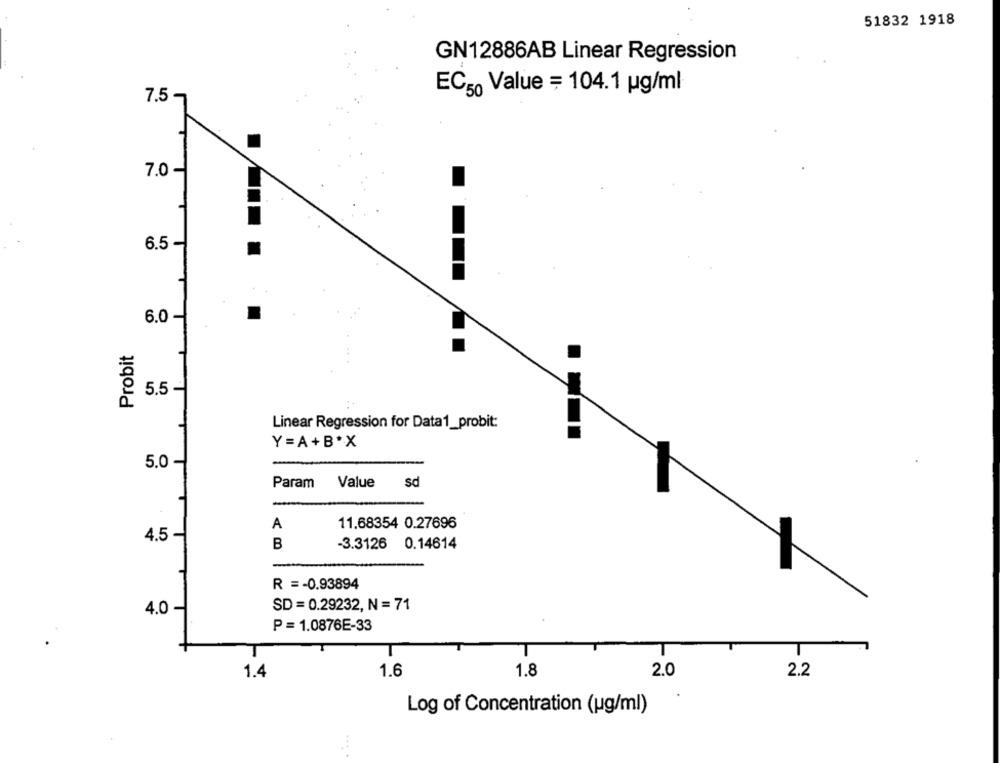
51832 1918
GN12886AB Linear Regression
EC50 Value = 104.1 ug/ml
7.5
7.0
6.5 -
6.0
Probit
5.5
Linear Regression for Data1_probit:
Y=A+B*X
5.0
Param Value
sd
A
11.68354 0.27696
4.5
B
-3.3126 0.14614
R = - 0.93894
4.0 -
SD = 0.29232, N = 71
P = 1.0876E-33
1.8
2.0
2.2
1.4
1.6
Log of Concentration (ug/ml)
... .